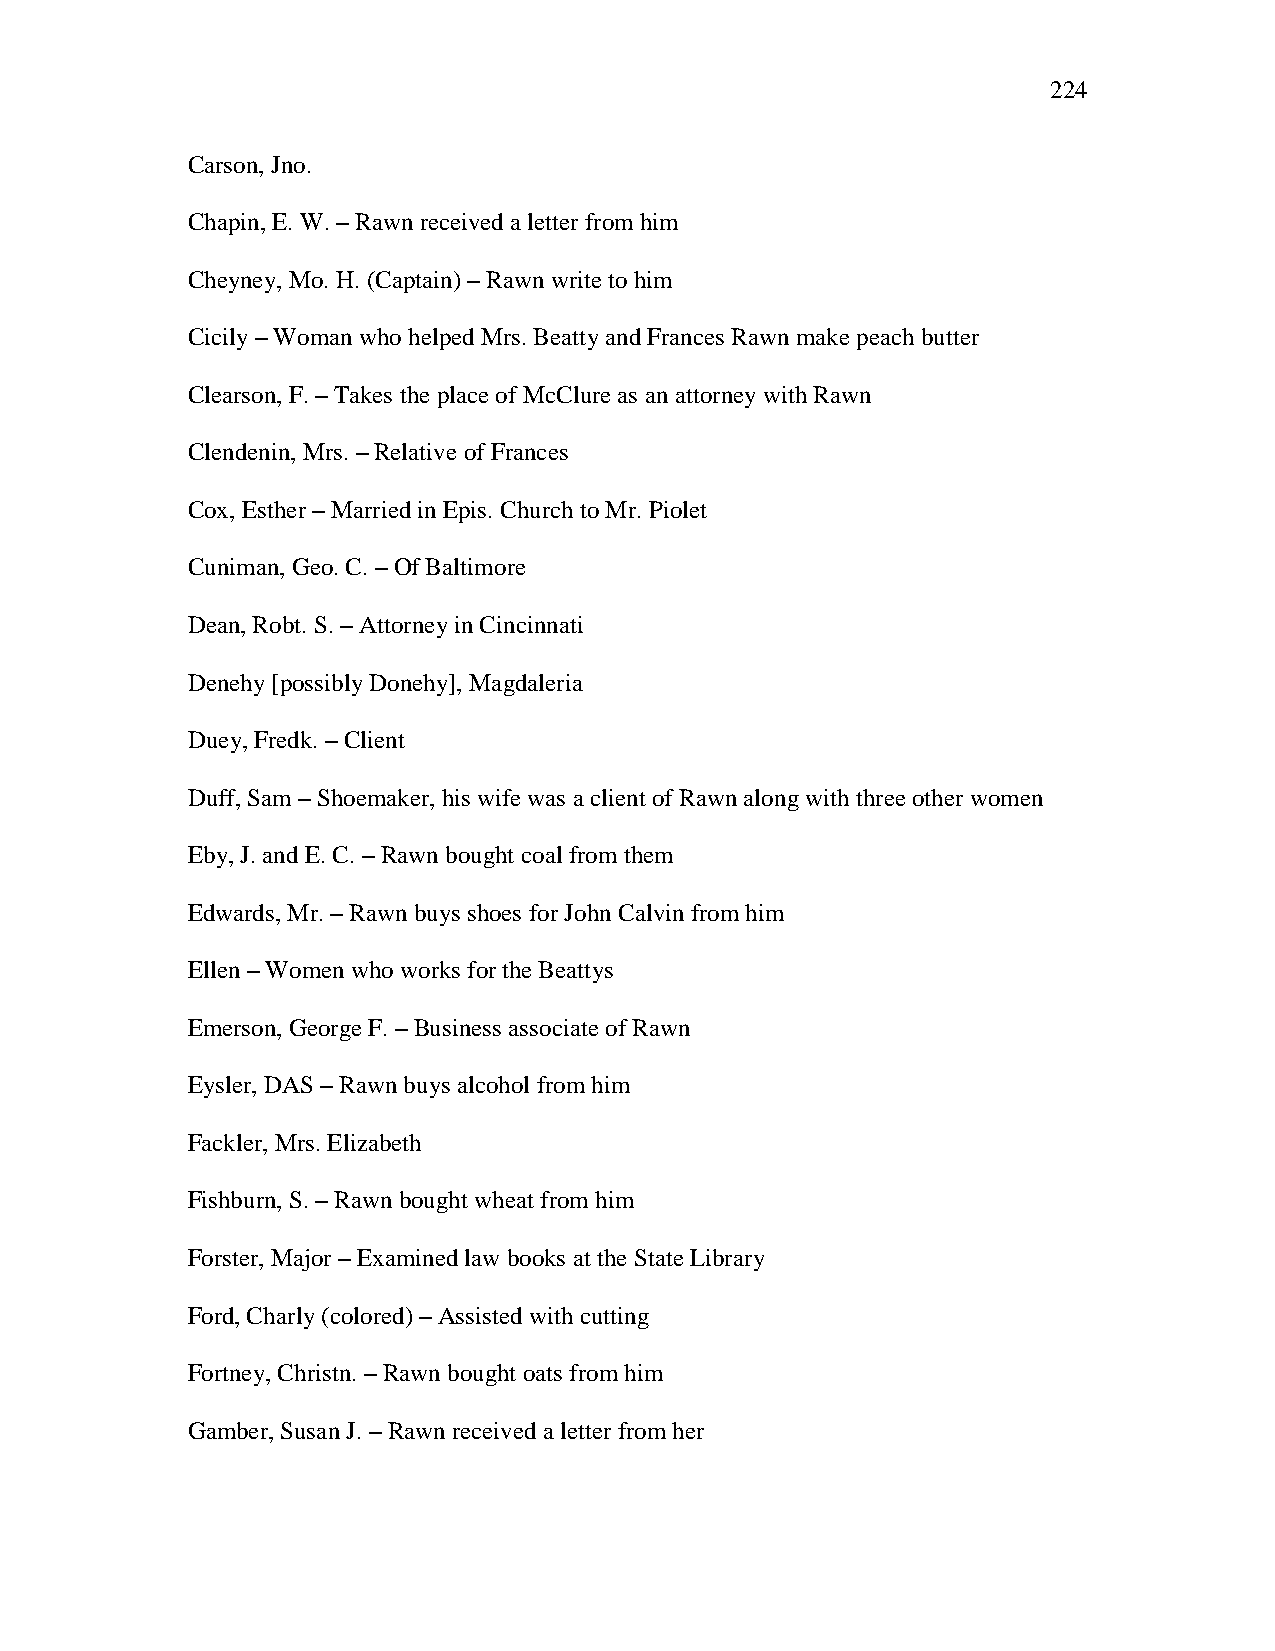
224
 Carson, Jno.
 Chapin, E. W. – Rawn received a letter from him
 Cheyney, Mo. H. (Captain) – Rawn write to him
 Cicily – Woman who helped Mrs. Beatty and Frances Rawn make peach butter
 Clearson, F. – Takes the place of McClure as an attorney with Rawn
 Clendenin, Mrs. – Relative of Frances
 Cox, Esther – Married in Epis. Church to Mr. Piolet
 Cuniman, Geo. C. – Of Baltimore
 Dean, Robt. S. – Attorney in Cincinnati
 Denehy [possibly Donehy], Magdaleria
 Duey, Fredk. – Client
 Duff, Sam – Shoemaker, his wife was a client of Rawn along with three other women
 Eby, J. and E. C. – Rawn bought coal from them
 Edwards, Mr. – Rawn buys shoes for John Calvin from him
 Ellen – Women who works for the Beattys
 Emerson, George F. – Business associate of Rawn
 Eysler, DAS – Rawn buys alcohol from him
 Fackler, Mrs. Elizabeth
 Fishburn, S. – Rawn bought wheat from him
 Forster, Major – Examined law books at the State Library
 Ford, Charly (colored) – Assisted with cutting
 Fortney, Christn. – Rawn bought oats from him
 Gamber, Susan J. – Rawn received a letter from her